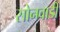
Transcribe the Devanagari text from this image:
सोनवाडी